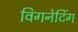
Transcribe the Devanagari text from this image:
विगनेटिंग